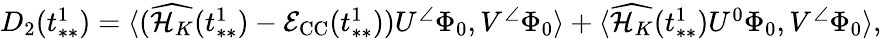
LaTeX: \begin{array}{r}{D_{2}(t_{**}^{1})=\langle(\widehat{\mathcal{H}_{K}}(t_{**}^{1})-\mathcal{E}_{\mathrm{CC}}(t_{**}^{1}))U^{\angle}\Phi_{0},V^{\angle}\Phi_{0}\rangle+\langle\widehat{\mathcal{H}_{K}}(t_{**}^{1})U^{0}\Phi_{0},V^{\angle}\Phi_{0}\rangle,}\end{array}